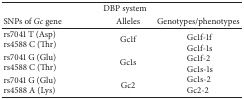
<table><thead><tr><td colspan="3"><b>DBP system</b></td></tr><tr><td><b>SNPs of <i>Gc </i>gene </b></td><td><b>Alleles </b></td><td><b>Genotypes/phenotypes</b></td></tr></thead><tbody><tr><td>rs7041 T (Asp)rs4588 C (Thr)</td><td>Gc1f</td><td rowspan="3">Gc1f-1fGc1f-1sGc1f-2Gc1s-1sGc1s-2Gc2-2</td></tr><tr><td>rs7041 G (Glu)rs4588 C (Thr)</td><td>Gc1s</td></tr><tr><td>rs7041 G (Glu)rs4588 A (Lys)</td><td>Gc2</td></tr></tbody></table>